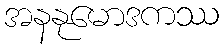
အနနုမောဒကဿ